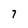
Character: 7